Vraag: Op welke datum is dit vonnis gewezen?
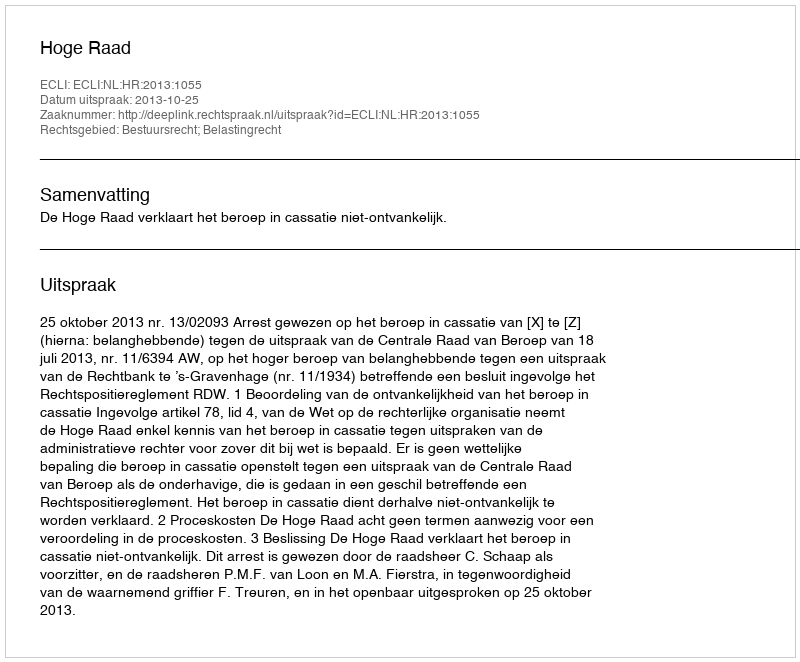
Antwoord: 2013-10-25